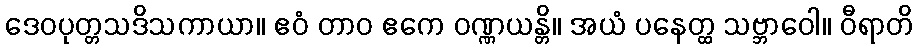
ဒေဝပုတ္တသဒိသကာယာ။ ဧဝံ တာဝ ဧကေ ဝဏ္ဏယန္တိ။ အယံ ပနေတ္ထ သဗ္ဘာဝေါ။ ဝီရာတိ